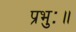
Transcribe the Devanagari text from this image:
प्रभुः॥